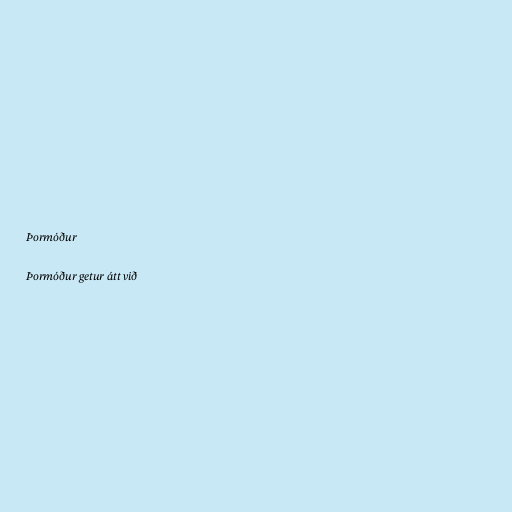
Þormóður

Þormóður getur átt við